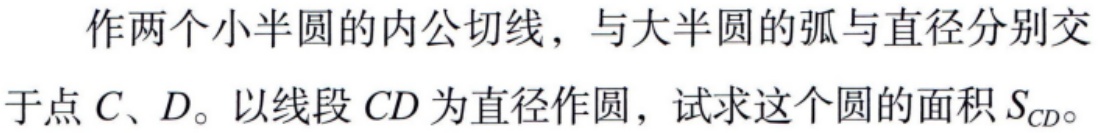
作两个小半圆的内公切线，与大半圆的弧与直径分别交于点 \(C、D\)。以线段 \(CD\) 为直径作圆，试求这个圆的面积 \(S_{CD}\)。